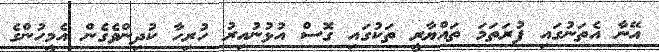
އޭނާ އެތަނުގައި ފުރަތަމަ ތައްޔާރީ ތަކުގައި ގޮސް އުޅުނުއިރު ހުރިހާ ކުދިންވެގެން އެމީހުންގެ